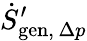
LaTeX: {\dot{S}}_{\mathrm{gen},\, \Delta p}^{\prime}